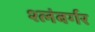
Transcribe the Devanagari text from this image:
श्लंबर्गर